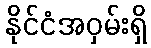
နိုင်ငံအဝှမ်းရှိ